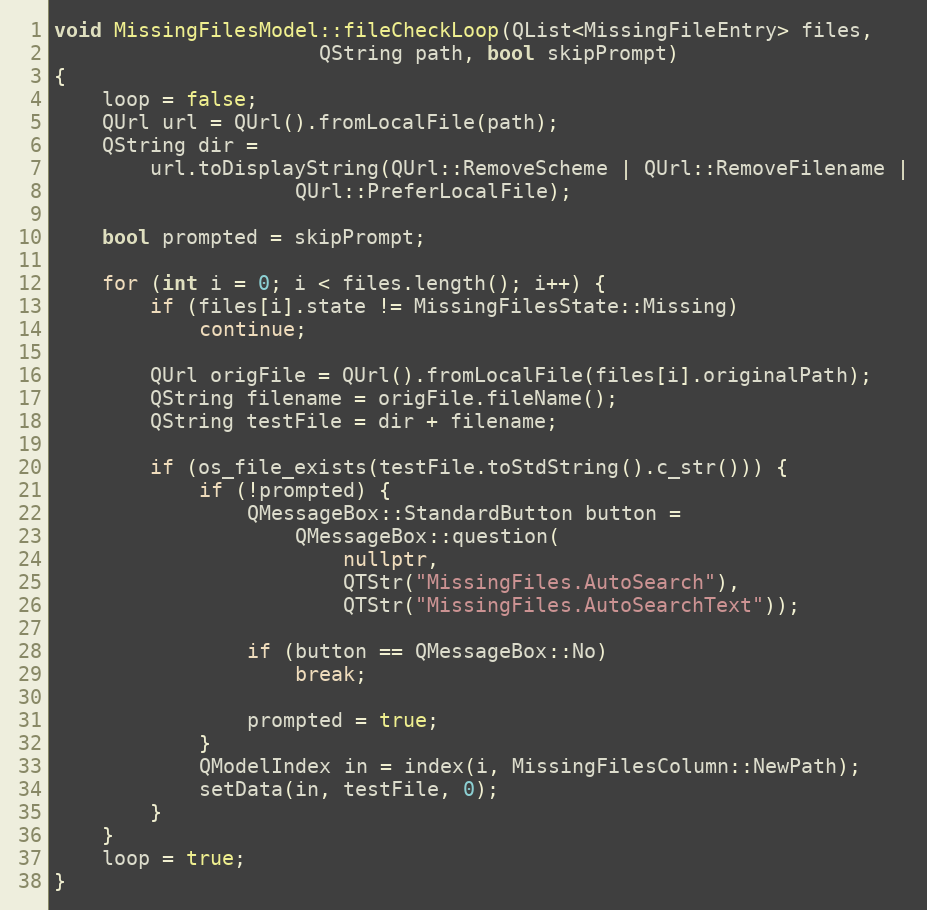
Language: C++
void MissingFilesModel::fileCheckLoop(QList<MissingFileEntry> files,
				      QString path, bool skipPrompt)
{
	loop = false;
	QUrl url = QUrl().fromLocalFile(path);
	QString dir =
		url.toDisplayString(QUrl::RemoveScheme | QUrl::RemoveFilename |
				    QUrl::PreferLocalFile);

	bool prompted = skipPrompt;

	for (int i = 0; i < files.length(); i++) {
		if (files[i].state != MissingFilesState::Missing)
			continue;

		QUrl origFile = QUrl().fromLocalFile(files[i].originalPath);
		QString filename = origFile.fileName();
		QString testFile = dir + filename;

		if (os_file_exists(testFile.toStdString().c_str())) {
			if (!prompted) {
				QMessageBox::StandardButton button =
					QMessageBox::question(
						nullptr,
						QTStr("MissingFiles.AutoSearch"),
						QTStr("MissingFiles.AutoSearchText"));

				if (button == QMessageBox::No)
					break;

				prompted = true;
			}
			QModelIndex in = index(i, MissingFilesColumn::NewPath);
			setData(in, testFile, 0);
		}
	}
	loop = true;
}